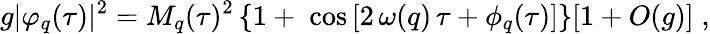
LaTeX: g|\varphi_{q}(\tau)|^{2}=M_{q}(\tau)^{2}\left\{ 1+\; \cos\left[2\, \omega(q)\, \tau+\phi_{q}(\tau)\right]\right\} [1+O(g)]\; ,